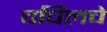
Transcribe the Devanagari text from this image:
चर्चिलचे